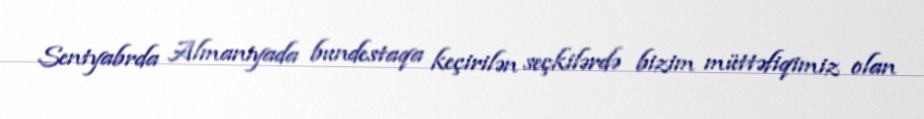
Sentyabrda Almaniyada bundestaqa keçirilən seçkilərdə bizim müttəfiqimiz olan